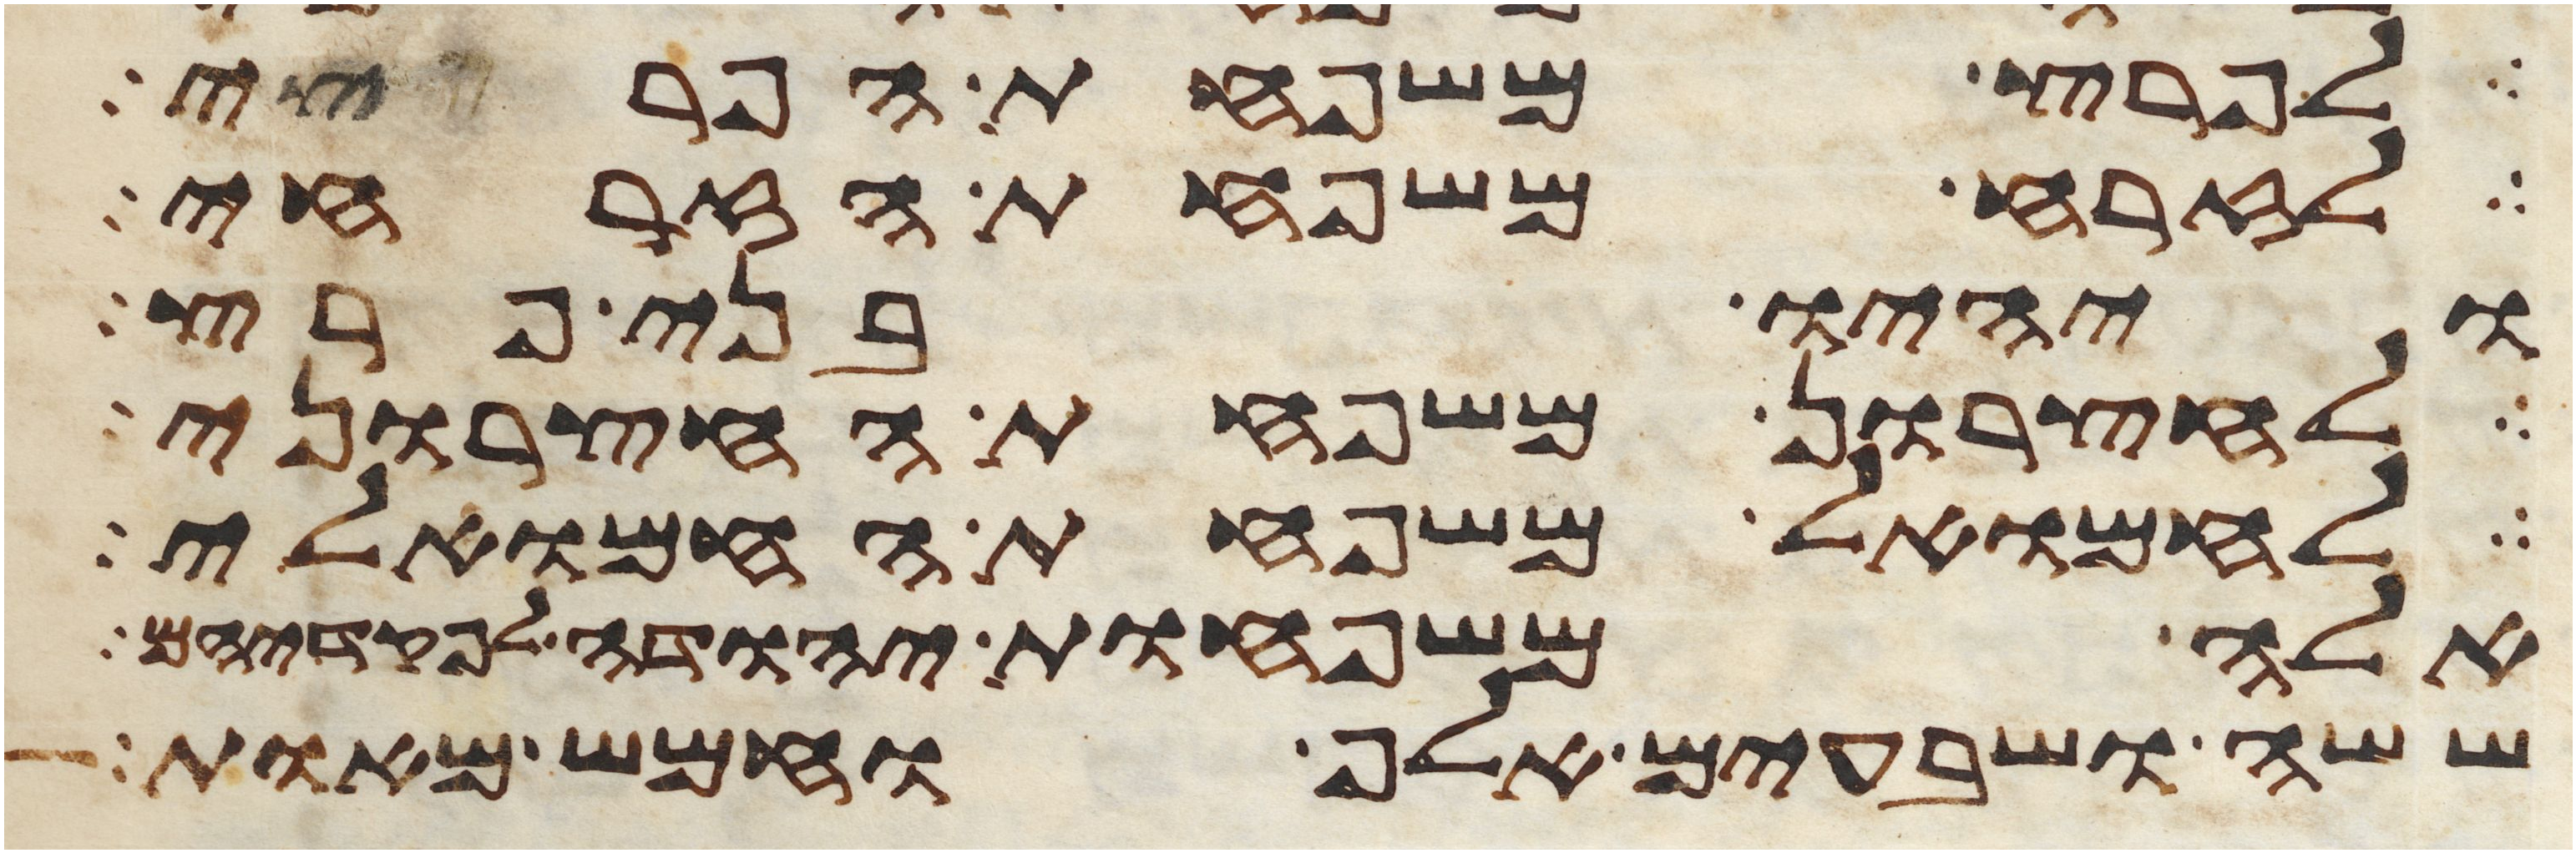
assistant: לפרץ משפחת הפריצי
לזרח משפחת הזרחי
ויהיו בני פרץ
לחצרון משפחת החצרוני
לחמואל משפחת החמואלי
אלה משפחות יהודה לפקדיהם
ששה ושבעים אלף וחמש מאות